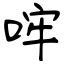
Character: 哰